Civil Veterinary Dept. Bombay admin report 1900-1906 - 1900-1906
Year: 1900
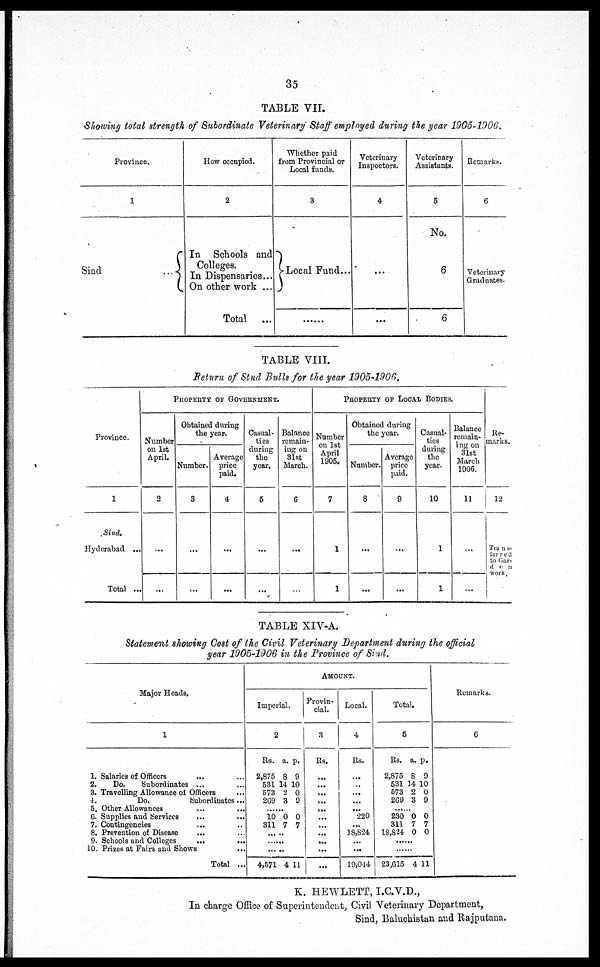
35
TABLE VII.
Showing total strength of Subordinate Veterinary Staff employed during the year 1905-1000,
Province.
1
Sind ...
How occupied.
2
In Schools and
Colleges.
In Dispensaries...
On other work ...
Total
...
Whether paid
from Provincial or
Local funds.
3
Local Fund...
......
Veterinary
Inspectors.
4
...
...
Veterinary
Assistants.
5
No.
6
6
Remarks.
6
Veterinary
Graduates.
TABLE VIII.
Return of Stud Bulls for the year 1905-1906.
Province.
1
Sind.
Hyderabad
...
Total ...
PROPERTY OF GOVERNMENT..
Number
on 1st
April.
2
...
...
Obtained during
the year.
Number.
3
...
...
Average
price
paid.
4
...
...
Casual-
ties
during
the
year.
5
...
...
Balance
remain-
ing on
31st
March.
6
...
...
PROPERTY OF LOCAL BODIES.
Number
on 1st
April
1905.
7
1
1
Obtained during
the year.
Number.
8
...
...
Average
price
paid.
9
...
...
Casual-
ties
during
the
year.
10
1
1
Balance
remain-
ing on
31st
March
1906.
11
...
Re-
marks.
12
Trans-
ferred
to Gar-
den
work.
TABLE XIV-A.
Statement showing Cost of the Civil Veterinary Department during the official
year 1905-1906 in the Province of Sind.
Major Heads.
1
1. Salaries of Officers ... ...
2.
Do.
Subordinates ... ...
3. Travelling Allowance of Officers ...
4.
Do.
Subordinates..
5. Other Allowances ... ...
6. Supplies and Services ... ...
7. Contingencies ... ...
8. Prevention of Disease ... ...
9. Schools and Colleges ... ...
10. Prizes at Fairs and Shows
Total ..
AMOUNT.
Imperial.
2
Rs.
2,875
531
573
269
10
311
... ...
... ...
4,571
a.
8
14
2
3
0
7
4
p.
9
10
0
9
0
7
11
Provin-
cial.
3
Rs.
...
...
...
...
...
...
...
...
...
...
...
Local.
4
Rs.
...
...
...
...
...
220
...
18,824
...
...
19,044
Total.
5
Rs.
2,875
531
573
269
230
311
18,824
i 23,615
a.
8
14
2
3
0
7
0
4
p.
9
10
0
9
0
7
0
11
Remarks.
6
K. HEWLETT, I. C.V.D.,
In charge Office of Superintendent, Civil Veterinary Department,
Sind, Baluchistan and Rajputana.